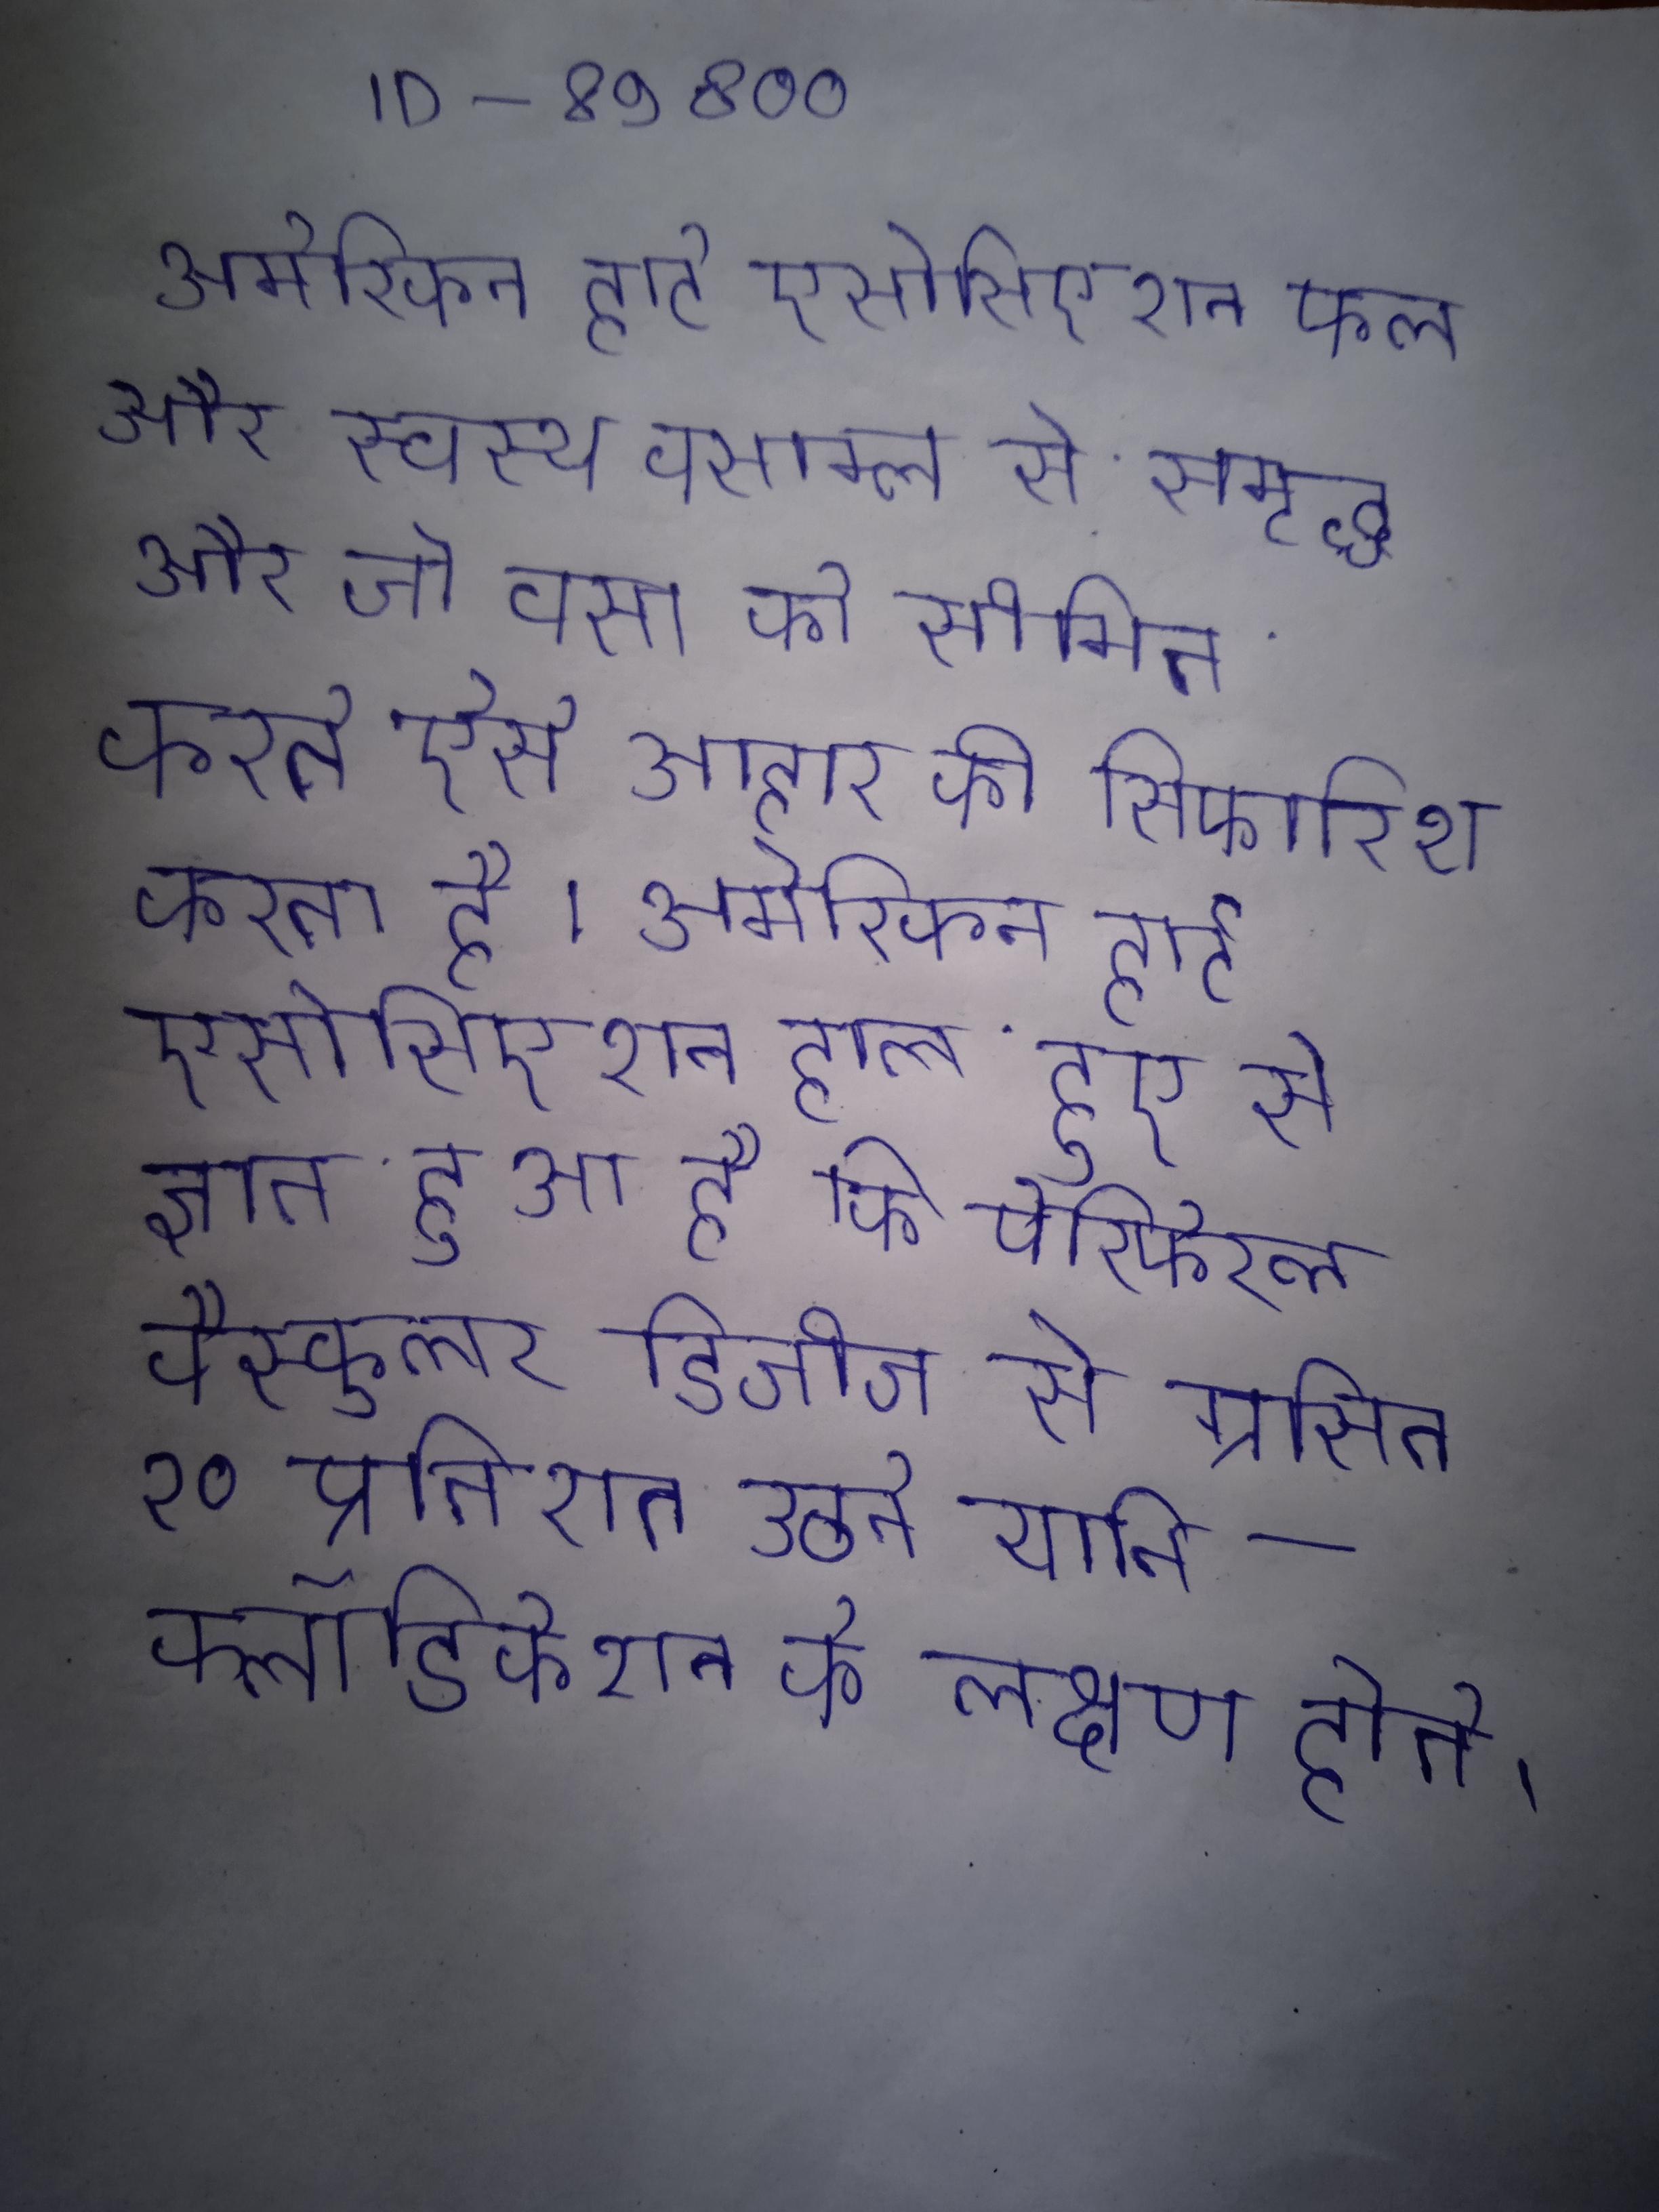
अमेरिकन हार्ट एसोसिएशन फल, और स्वस्थ वसाम्ल से समृद्ध और जो वसा को सीमित करते ऐसे आहार की सिफारिश करता है । अमेरिकन हार्ट एसोसिएशन हाल हुए से ज्ञात हुआ है कि पेरिफेरल वैस्कुलर डिजीज से ग्रसित १० प्रतिशत उठने यानि क्लॉडिकेशन के लक्षण होते ।